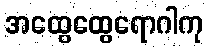
အထွေထွေရောဂါကု